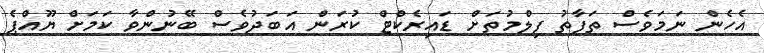
އެހެން ނަމަވެސް ތަފާތު ފިލްމުތަށް ޑައިރެކްޓް ކުރަން އަބަދުވެސް ބޭނުންވާ ކަމަށް ޔޫއްޕެ